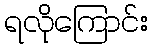
ရလိုကြောင်း